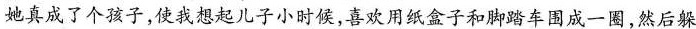
她真成了个孩子，使我想起儿子小时候，喜欢用纸盒子和脚踏车围成一圈，然后躲